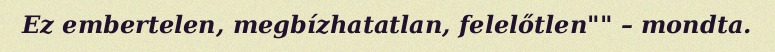
Ez embertelen, megbízhatatlan, felelőtlen"" – mondta.